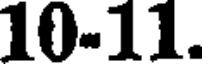
10-11.